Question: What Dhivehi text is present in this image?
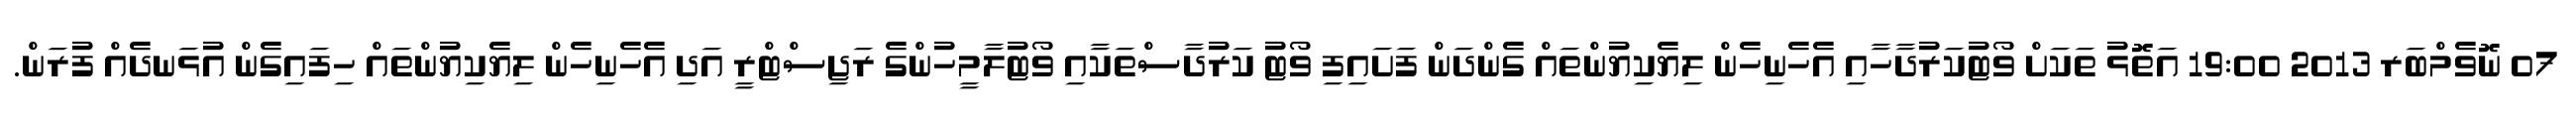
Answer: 07 ނޮވެމްބަރ 2013 19:00 އަތޮޅު ތަކަށް ވޯޓުކަރުދާހާއި އެހެނިހެން ލިޔެކިޔުންތައް ގެންދަން ފަށައިފި ވޯޓު ކަރުދާސްތަކާއި ވޯޓުލާމީހުންގެ ރަޖިސްޓްރީ އަދި އެހެނިހެން ލިޔެކިޔުންތައް ހިފައިގެން އުޅަނދެއް ފުރަން.